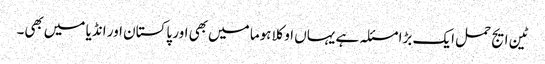
ٹین ایج حمل ایک بڑا مسئلہ ہے یہاں‌ اوکلاہوما میں‌بھی اور پاکستان اور انڈیا میں‌بھی۔